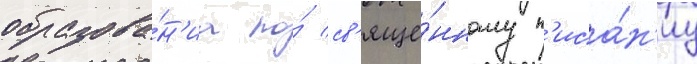
образова́н'иа по́ св'яще́нному п'иса́н'иу